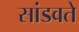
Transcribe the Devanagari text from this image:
सांडवते